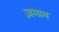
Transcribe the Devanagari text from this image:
ज़माम